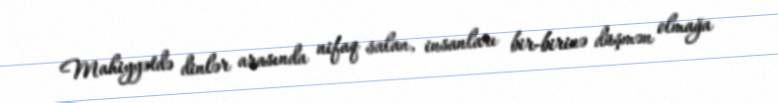
Mahiyyətdə dinlər arasında nifaq salan, insanları bir-birinə düşmən olmağa